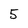
Character: 5